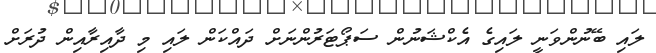
ލައި ބޭނުންވަނީ ލައިގެ އެކްޝަނުން ސަޕޯޓަރުންނަށް ދައްކަން ލައި މި ދާއިރާއިން ދުރަށް